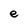
Character: e